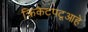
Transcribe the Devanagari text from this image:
क्रिकेटपटूआहे